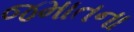
જમાતના